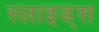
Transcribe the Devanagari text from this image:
स्‍लाइड्स